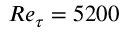
R e _ { \tau } = 5 2 0 0